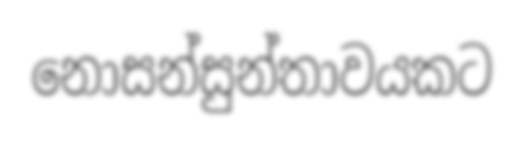
නොසන්සුන්තාවයකට